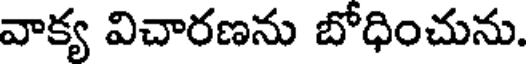
వాక్య విచారణను బోధించును.